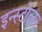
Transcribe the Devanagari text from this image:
इन्स्टॉलर